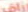
تراق